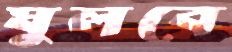
ঘুলবে